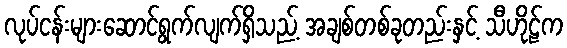
လုပ်ငန်းများဆောင်ရွက်လျက်ရှိသည့် အချစ်တစ်ခုတည်းနှင့် သီဟိုဠ်က